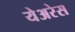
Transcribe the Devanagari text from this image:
येअरेस